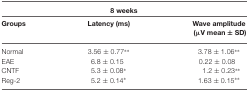
| <COLSPAN=3> 8 weeks |
 | Groups | Latency (ms) | Wave amplitude (μV mean ± SD) |
 | --- | --- | --- |
 | Normal | 3.56 ± 0.77** | 3.78 ± 1.06** |
 | EAE | 6.8 ± 0.15 | 0.22 ± 0.08 |
 | CNTF | 5.3 ± 0.08* | 1.2 ± 0.23** |
 | Reg-2 | 5.2 ± 0.14* | 1.63 ± 0.15** |